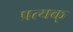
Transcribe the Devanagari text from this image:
प्रत्यक्